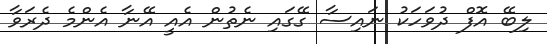
ލިބޭ އޮފް ދުވަހަކު ނައިސާ ގޭގައި ނެތުން އެއީ އޭނާ އެންމެ ދެރަވާ